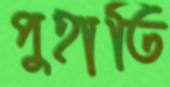
পুহাতি